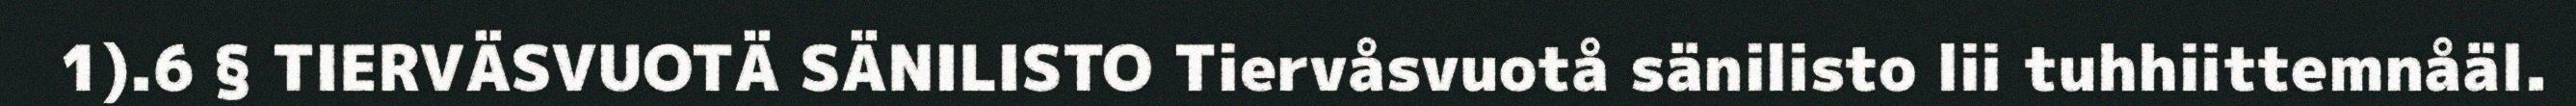
1).6 § TIERVÄSVUOTÄ SÄNILISTO Tiervåsvuotå sänilisto lii tuhhiittemnåäl.